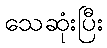
သေဆုံးပြီး